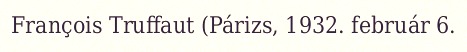
François Truffaut (Párizs, 1932. február 6.